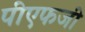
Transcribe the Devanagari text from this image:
पीएफजी